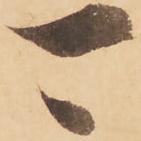
可